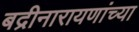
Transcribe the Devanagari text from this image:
बद्रीनारायणांच्या